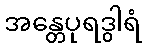
အန္တေပုရဒွါရံ